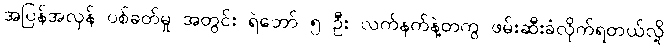
အပြန်အလှန် ပစ်ခတ်မှု အတွင်း ရဲဘော် ၅ ဦး လက်နက်နဲ့တကွ ဖမ်းဆီးခံလိုက်ရတယ်လို့